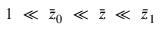
1 ~ \ll ~ \Bar { z } _ { 0 } ~ \ll ~ \Bar { z } ~ \ll ~ \Bar { z } _ { 1 }